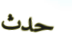
حدث